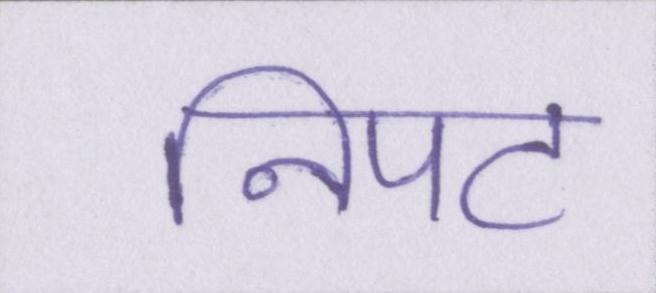
निपट